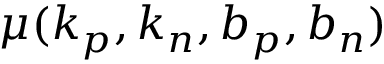
\mu ( k _ { p } , k _ { n } , b _ { p } , b _ { n } )